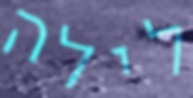
לילה